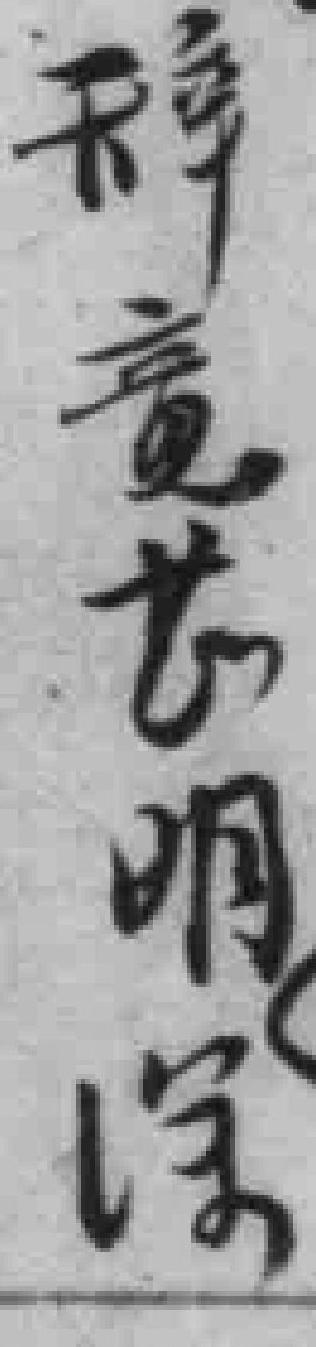
辞意甚明沈